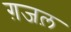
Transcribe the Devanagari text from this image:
ग़जल़